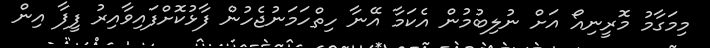
މިމަގާމު މޮރީނިއޯ އަށް ނުލިބުމުން އެކަމާ އޭނާ ހިތްހަމަނުޖެހުން ފާޅުކޮށްފައިވާއިރު ފީފާ އިން